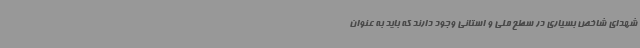
شهدای شاخص بسیاری در سطح ملی و استانی وجود دارند که باید به عنوان